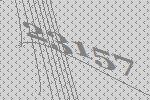
23157